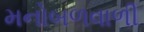
મનોબળવાળી